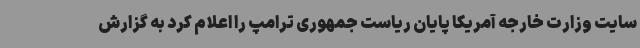
سایت وزارت خارجه آمریکا پایان ریاست جمهوری ترامپ را اعلام کرد به گزارش